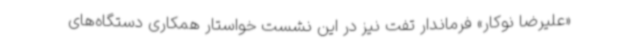
«علیرضا نوکار» فرماندار تفت نیز در این نشست خواستار همکاری دستگاه‌های